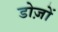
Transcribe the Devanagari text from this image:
डोज़ों